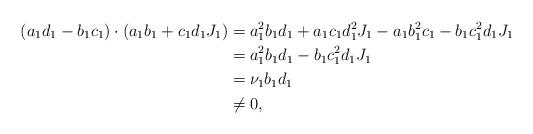
LaTeX: \begin{align*} (a_1 d_1 - b_1 c_1) \cdot (a_1 b_1 + c_1 d_1 J_1) & = a_1^2 b_1 d_1 + a_1 c_1 d_1^2 J_1 - a_1 b_1^2 c_1 - b_1 c_1^2 d_1 J_1 \\ & = a_1^2 b_1 d_1 - b_1 c_1^2 d_1 J_1 \\ & = \nu_1 b_1 d_1 \\ & \ne 0,\end{align*}